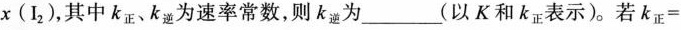
x(I_{2})，其中k_{正}、k_{逆}为速率常数，则k_{逆}为_______(以K和k_{正}表示)。若k_{正}=